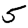
Digit: 5